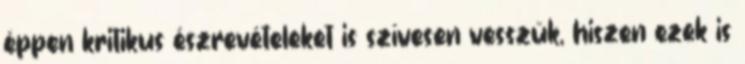
éppen kritikus észrevételeket is szívesen vesszük, hiszen ezek is